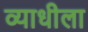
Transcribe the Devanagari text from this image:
व्याधीला